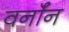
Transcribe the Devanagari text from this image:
वर्नॉन